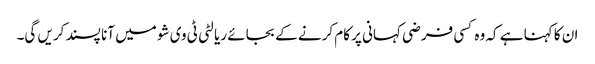
ان کا کہنا ہے کہ وہ کسی فرضی کہانی پر کام کرنے کے بجائے ریالٹی ٹی وی شو میں آنا پسند کریں گی۔